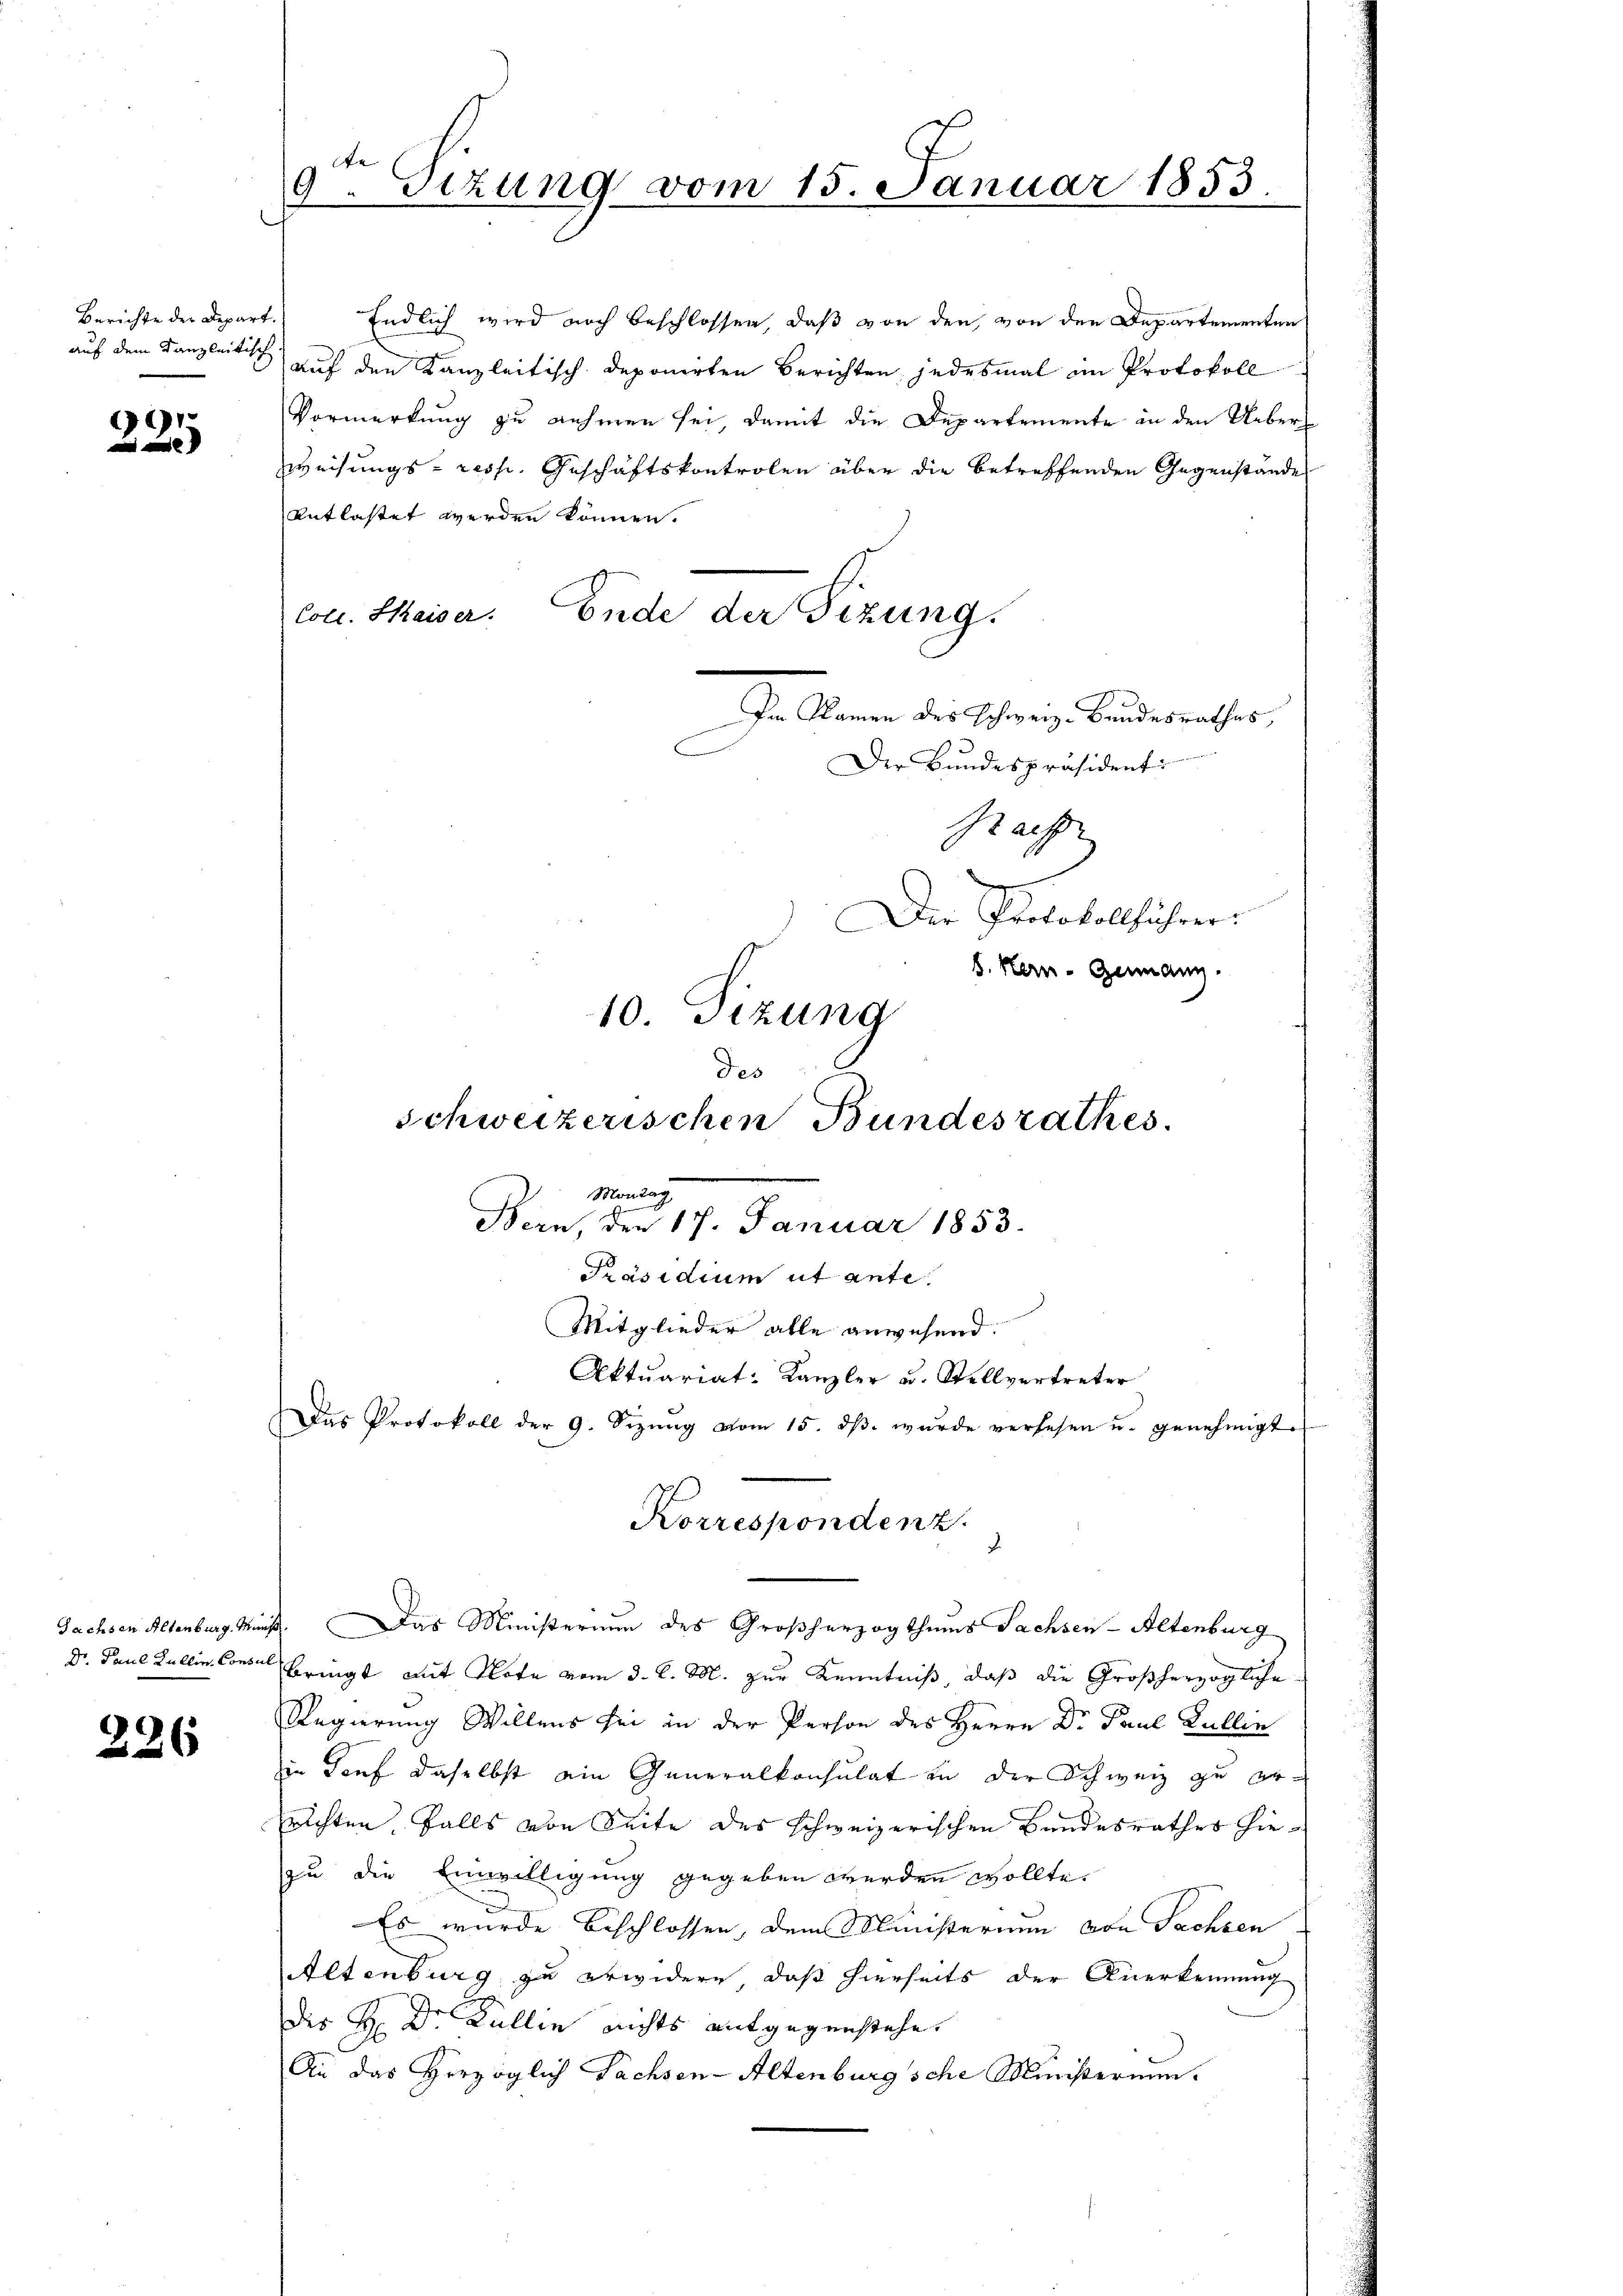
Berichte der Depart.
auf dem Kanzleitisch.

91
e

Sachsen Altenburg. Müns
Dr. Paul Lullin, Consul

226

9ten Sizung vom 15. Januar 1853.

Endlich wird noch beschlossen, daß von den von den Departementen
auf den Kanzleitisch deponirten Berichten jedesmal im Protokoll
Vormerkung zu nehmen sei, damit die Departemente in den Ueberweisungs- resp. Geschäftskontrolen über die betreffenden Gegenstande
entlastet werden können.
Col. Kaiser. Ende der Tizung.
Im Namen des Schweiz. Bundesrathes,
Der Bundespräsident
Rachse
7
Der Protokollführer:
s. Kern- Geinanz
10. Sizung
des

Schweizerischen Bundesrathes.
Montag
Bern, den 17. Januar 1853.
Präsidium ut ante
Mitglieder alle anwesend.
Aktuariat-Kanzler u. Stellvertreter

Das Protokoll der 9. Sizŭng vom 15. dβ. wŭrde versehen u. genehmigte
Korrespondenz.

Das Ministerium des Großherzogthums Sachsen-Altenburg
bringt mit Note vom 3. d. M. zur Kenntniß, daß die Großherzogliche
Regierung Willens sei in der Person des Herrn Dr Paul Gullin
in Tief daselbst ain Generalkonsulat in der Schweiz zu errichten Falls von Seite des schweizerischen Bundesrathes hiezu die Einwilligung gegeben werden wollte.
Es wurde beschlossen, dem Ministerium von Sachsen
Altenburg zu erwidern, daß hierseits der Anerkennung
dis H. Dr. Kullie nichts entgegenstehe.
An das Herzoglich Sachsen-Altenburg sche Ministerium